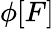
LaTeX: \phi[F]